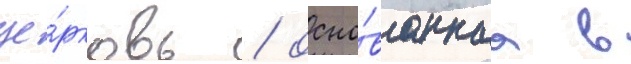
це́рковь / осно́ваннаа в